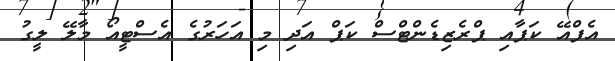
އެފްއޭ ކަޕާއި ޕްރެޒިޑެންޓްސް ކަޕް އަދި މި އަހަރުގެ އެސްޓީއޯ މާލޭ ލީގު